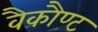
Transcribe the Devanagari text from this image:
वैकौण्ट